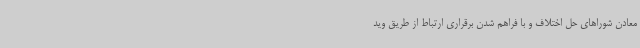
معادن شوراهای حل اختلاف و با فراهم شدن برقراری ارتباط از طریق وید